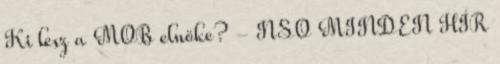
Ki lesz a MOB elnöke? - NSO MINDEN HÍR